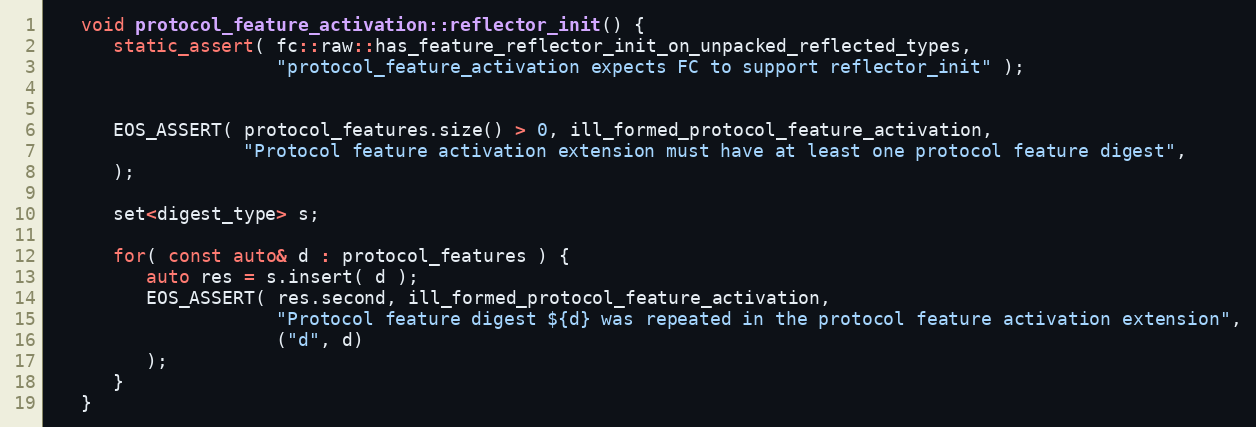
Language: C++
   void protocol_feature_activation::reflector_init() {
      static_assert( fc::raw::has_feature_reflector_init_on_unpacked_reflected_types,
                     "protocol_feature_activation expects FC to support reflector_init" );

      EOS_ASSERT( protocol_features.size() > 0, ill_formed_protocol_feature_activation,
                  "Protocol feature activation extension must have at least one protocol feature digest",
      );

      set<digest_type> s;

      for( const auto& d : protocol_features ) {
         auto res = s.insert( d );
         EOS_ASSERT( res.second, ill_formed_protocol_feature_activation,
                     "Protocol feature digest ${d} was repeated in the protocol feature activation extension",
                     ("d", d)
         );
      }
   }